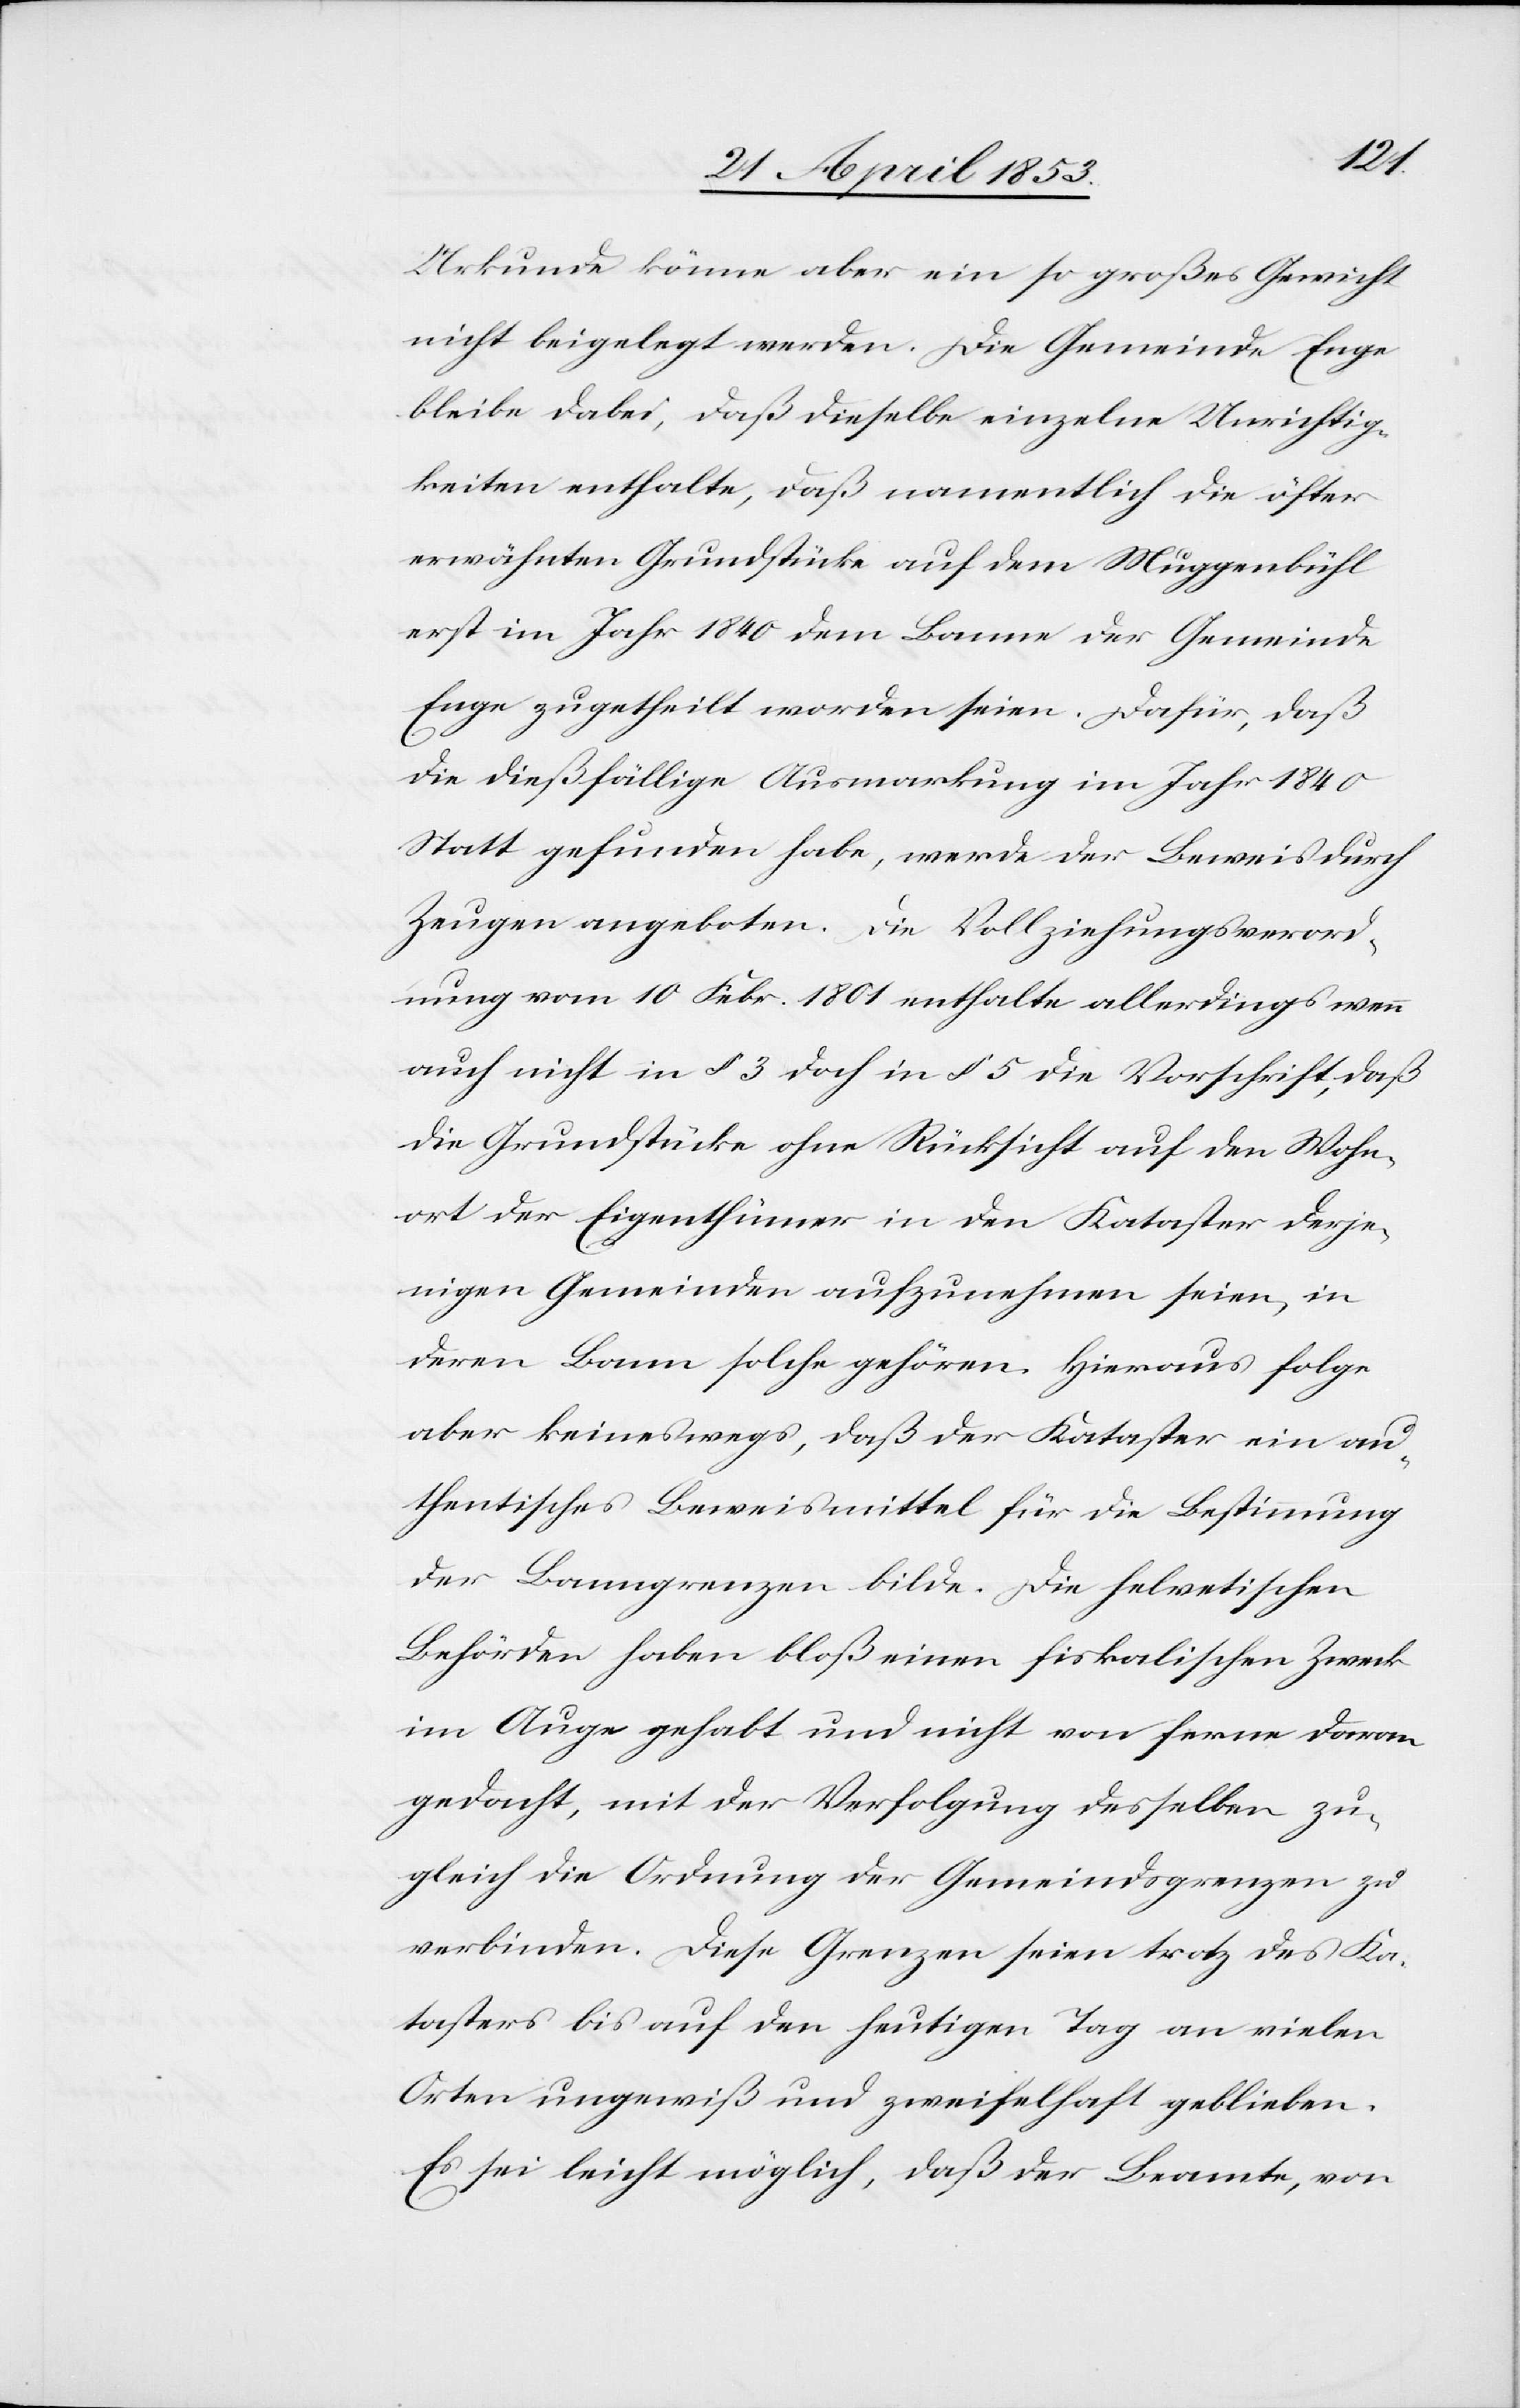
Urkunde könne aber ein so großes Gewicht
nicht beigelegt werden. Die Gemeinde Enge
bleibe dabei, daß dieselbe einzelne Unrichtig¬
keiten enthalte, daß namentlich die öfter
erwähnten Grundstücke auf dem Muggenbühl
erst im Jahr 1840 dem Banne der Gemeinde
Enge zugetheilt worden seien. Dafür, daß
die dießfällige Ausmarkung im Jahr 1840
Statt gefunden habe, werde der Beweis durch
Zeugen angeboten. Die Vollziehungsord¬
nung vom 10 Febr. 1801 enthalte allerdings wenn
auch nicht in § 3 doch in § 5 die Vorschrift, daß
die Grundstücke ohne Rücksicht auf den Wohn¬
ort der Eigenthümer in den Kataster derje¬
nigen Gemeinden aufzunehmen seien, in
deren Bann solche gehören. Hieraus folge
aber keineswegs, daß der Kataster ein au¬
thentisches Beweismittel für die Bestimmung
der Banngrenzen bilde. Die helvetischen
Behörden haben bloß einen fiskalischen Zweck
im Auge gehabt und nicht von ferne daran
gedacht, mit der Verfolgung desselben zu¬
gleich die Ordnung der Gemeindsgrenzen zu
verbinden. Diese Grenzen seien trotz des Ka¬
tasters bis auf den heutigen Tag an vielen
Orten ungewiß und zweifelhaft geblieben.
Es sei leicht möglich, daß der Beamte, von